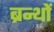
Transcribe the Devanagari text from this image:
ब्रन्थों